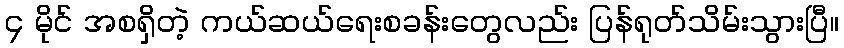
၄ မိုင် အစရှိတဲ့ ကယ်ဆယ်ရေးစခန်းတွေလည်း ပြန်ရုတ်သိမ်းသွားပြီ။